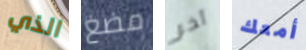
الذي مضغ آخر أمعك